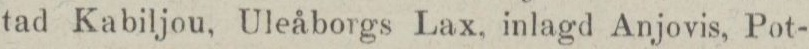
tad Kabiljou, Uleåborgs Lax, inlagd Anjovis, Pot-